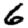
Digit: 6